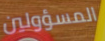
المسؤولين